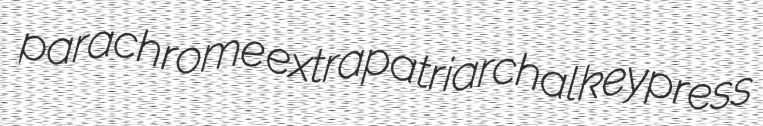
parachrome extrapatriarchal keypress